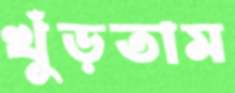
খুঁড়তাম